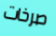
صرخات